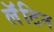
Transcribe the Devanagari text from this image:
लॅॅॅटिन